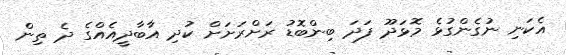
އެކަނި ނުގެންގުޅެ މޮޅަދޫ ފަދަ ބިންބޮޑު ރަށްރަށަށް ކުދި އާބާދީއެއްގެ ދެ ތިން